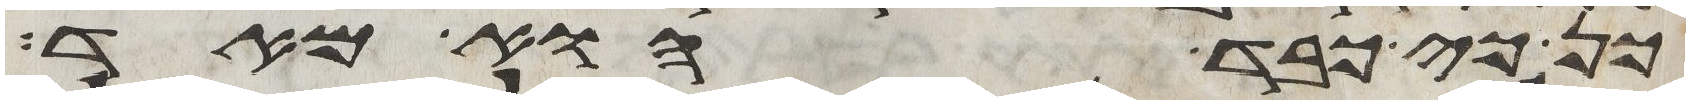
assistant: כן כי כבד הוא מאד